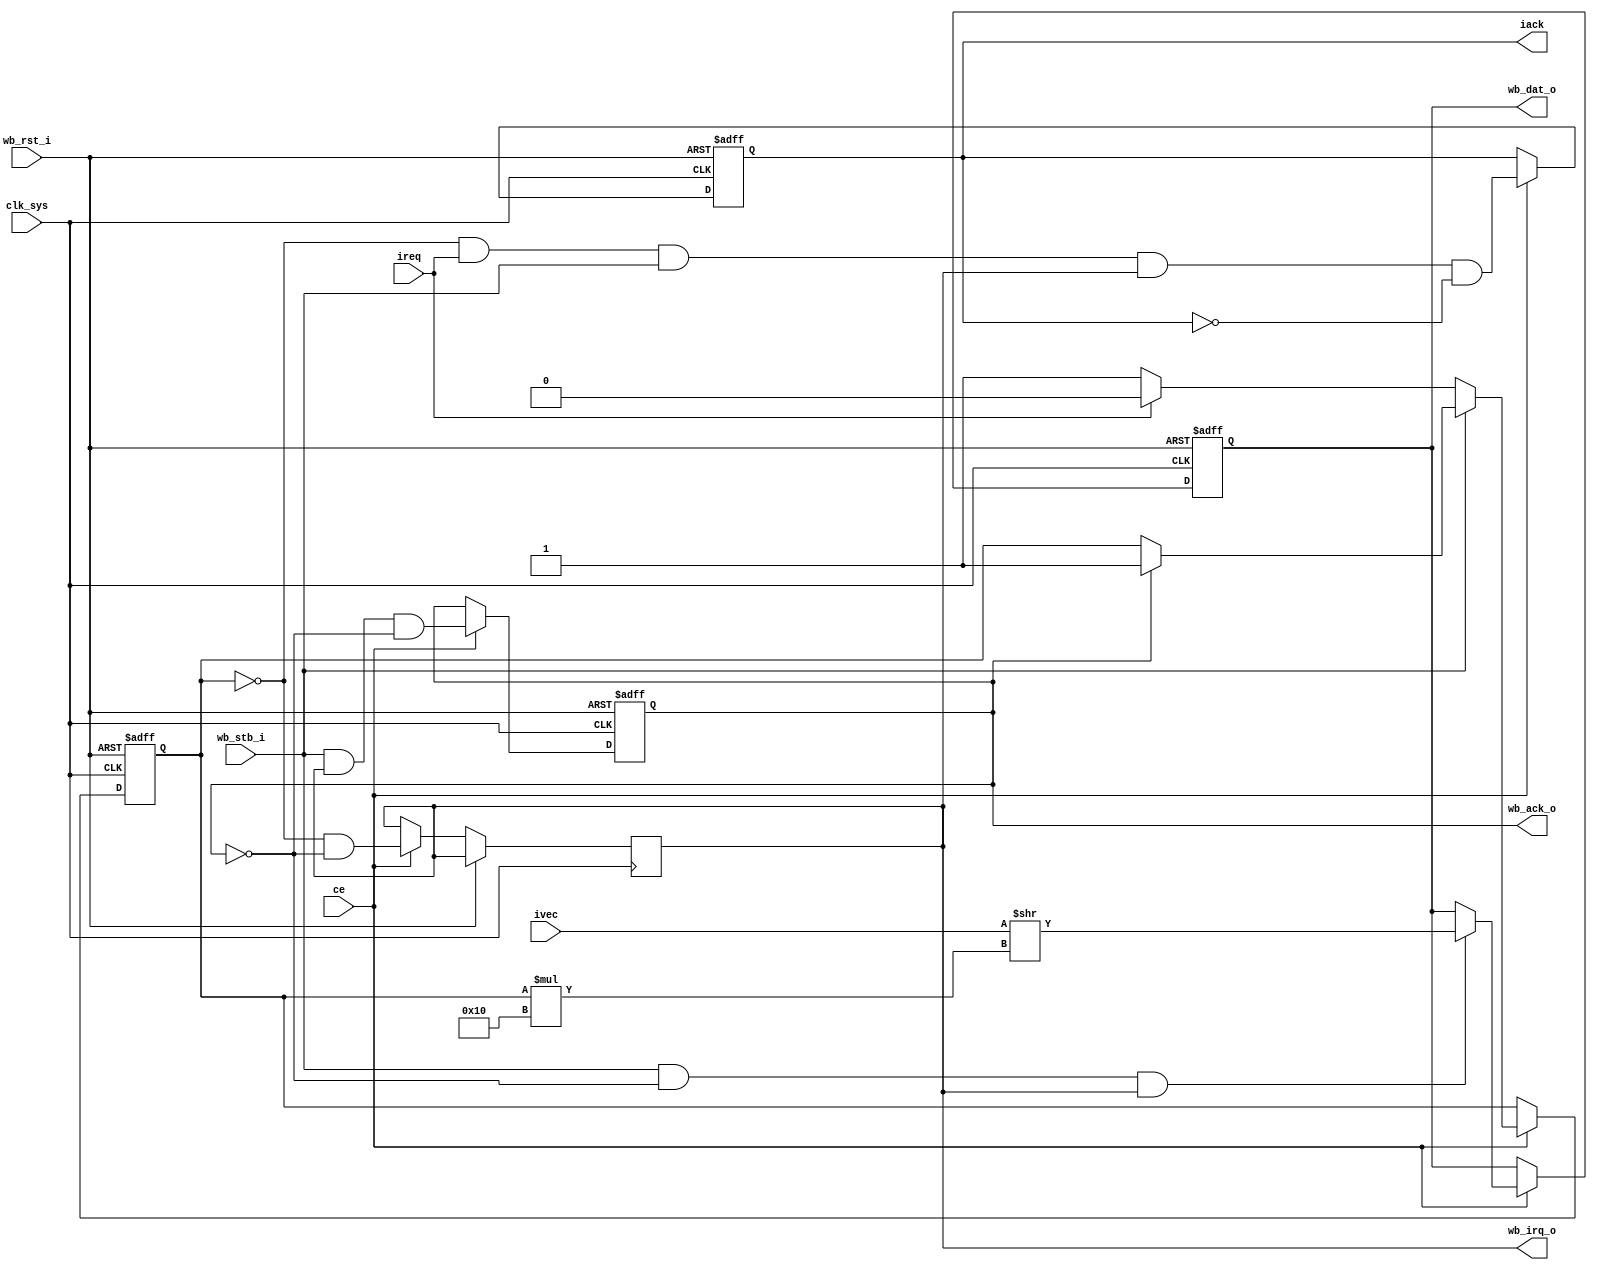
//
// Copyright (c) 2014-2015 by 1801BM1@gmail.com
//
// Vectored interrupt controller
//______________________________________________________________________________
//
module vic_wb #(parameter N=1)
(
	input						clk_sys,
	input						ce,
	input						wb_rst_i,	// peripheral reset
	output reg				wb_irq_o,	// vectored interrupt request
	output reg 	[15:0]	wb_dat_o,	// interrupt vector output
	input						wb_stb_i,	// interrupt vector strobe
	output reg				wb_ack_o,	// interrupt vector acknowledgement
												//
	input	   [N*16-1:0] 	ivec,			// interrupt vector values
	input		   [N-1:0]	ireq,			// interrupt request lines
	output reg	[N-1:0]	iack			// interrupt acknowledgements
);
localparam W = log2(N);
//
// Contains the current interrupt number with highest priority or 1's if no any
//
reg	[W-1:0] nvec;
integer i;

always @(posedge clk_sys or posedge wb_rst_i) begin
	if (wb_rst_i) begin
		wb_ack_o <= 1'b0;
		wb_dat_o <= 16'O000000;
		iack     <= 0;
		nvec 		<= {(W){1'b1}};
	end 
	else if(ce) begin
		wb_ack_o <= wb_stb_i & wb_irq_o & ~wb_ack_o;
		wb_irq_o <= ~(&nvec) & ~wb_ack_o;

		for (i=N-1; i>=0; i=i-1)
			iack[i] <= (nvec == i) & ireq[i] & wb_stb_i & wb_irq_o & ~iack[i];

		if (wb_stb_i & ~wb_ack_o & wb_irq_o)
			wb_dat_o <= trunc_w16(ivec >> (nvec*16));

		if (~wb_stb_i)
		begin
			nvec <= {(W){1'b1}};
			for (i=N-1; i>=0; i=i-1)
				if (ireq[i]) nvec <= trunc_int(i);
		end
		else
			if (wb_ack_o)
				nvec <= {(W){1'b1}};
	end
end

function integer log2(input integer value);
	for (log2=0; value>0; log2=log2+1) 
		value = value >> 1;
endfunction

function [15:0] trunc_w16(input [N*16-1:0] value);
	trunc_w16 = value[15:0];
endfunction

function [W-1:0] trunc_int(input integer value);
	trunc_int = value[W-1:0];
endfunction
endmodule